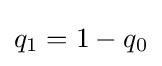
q_{1}=1-q_{0}